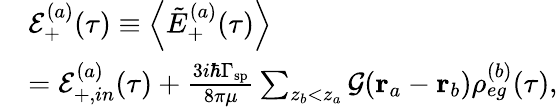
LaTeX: \begin{array}{rl}&{\mathcal{E}_{+}^{(a)}(\tau)\equiv\left\langle\tilde{E}_{+}^{(a)}(\tau)\right\rangle}\\ &{=\mathcal{E}_{+,in}^{(a)}(\tau)+\frac{3i\hbar\Gamma_{\mathrm{sp}}}{8\pi\mu}\sum_{z_{b}<z_{a}}\mathcal{G}(\mathbf{r}_{a}-\mathbf{r}_{b})\rho_{eg}^{(b)}(\tau),}\end{array}